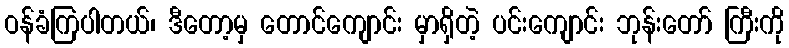
ဝန်ခံကြပါတယ်၊ ဒီတော့မှ တောင်ကျောင်း မှာရှိတဲ့ ပင်းကျောင်း ဘုန်းတော် ကြီးကို